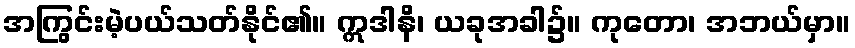
အကြွင်းမဲ့ပယ်သတ်နိုင်၏။ ဣဒါနိ၊ ယခုအခါ၌။ ကုတော၊ အဘယ်မှာ။